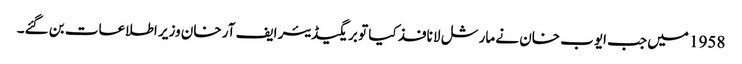
1958 میں جب ایوب خان نے مارشل لا نافذ کیا تو بریگیڈیئر ایف آر خان وزیر اطلاعات بن گئے۔